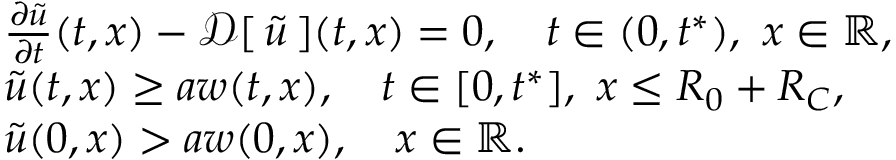
\begin{array} { r l } & { \frac { \partial \tilde { u } } { \partial t } ( t , x ) - { \mathcal { D } } [ \, { \tilde { u } } \, ] ( t , x ) = 0 , \quad t \in ( 0 , t ^ { * } ) , \ x \in \mathbb { R } , } \\ & { \tilde { u } ( t , x ) \ge a w ( t , x ) , \quad t \in [ 0 , t ^ { * } ] , \ x \le R _ { 0 } + R _ { C } , } \\ & { \tilde { u } ( 0 , x ) > a w ( 0 , x ) , \quad x \in \mathbb { R } . } \end{array}